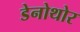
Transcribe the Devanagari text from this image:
डेनोथोर